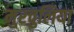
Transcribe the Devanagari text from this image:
मुरचुलिया